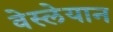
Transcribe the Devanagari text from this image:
वेस्लेयान